Report of the Indian Hemp Drugs Commission, 1894-1895 - Volume III
Year: 1894
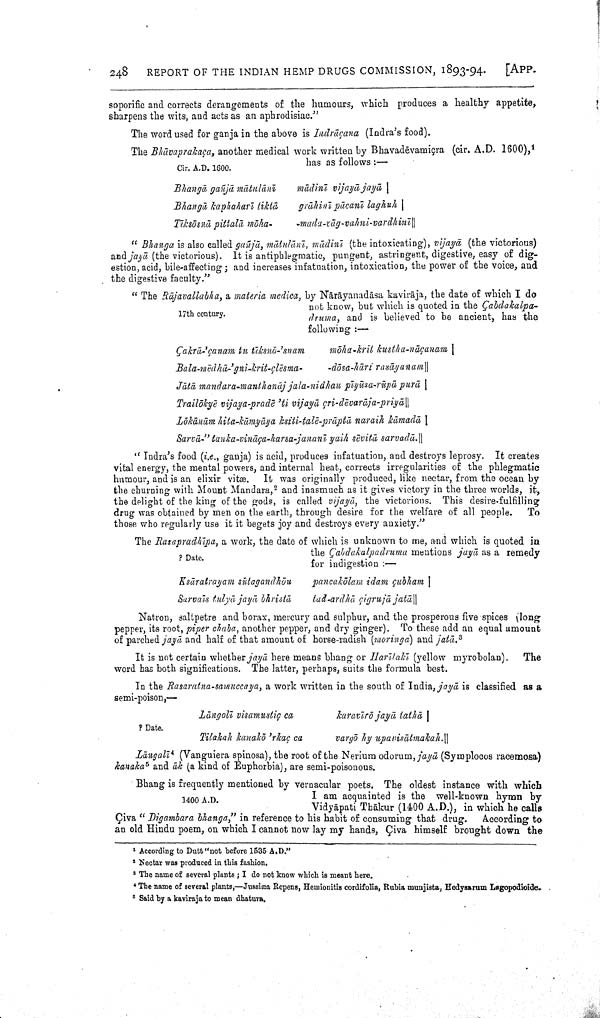
248
REPORT OF THE INDIAN HEMP DRUGS COMMISSION, 1893-94.
[APP.
soporific and corrects derangements of the humours, which produces a healthy appetite,
sharpens the wits, and acts as an aphrodisiac."
The word used for ganja in the above is Indrāçana (Indra's food).
Cir. A.D. 1600.
The Bhāvaprakaça, another medical work written by Bhavadēvamiçra (cir. A.D. 1600), 1
has as follows:—
Bhangā gañjā mātulānī mādinī vijayā jayā |
Bhangā kaphaharī tiktā grāhinī pācanī laghuh |
Tīksōsnā pittalā mōka- -mada-vāg-vahni-vardhinī ||
"Bhanga is also called gañjā, mātulānī, mādinī (the intoxicating), vjjayā (the victorious)
and jayā (the victorious). It is antiphlegmatic, pungent, astringent, digestive, easy of dig
estion, acid, bile-affecting; and increases infatuation, intoxication, the power of the voice, and
the digestive faculty."
17th century.
"The Rājavallabha, a materia medica, by Nārāyanadāsa kavirāja, the date of which I do
not know, but which is quoted in the Çabdakalpa-
druma, and is believed to be ancient, has the
following:—
Çakrā-'çanam tu tīksnō-'snam mōha-krit kustha-nāçanam |
Bala-mēdhā-'gni-krit-çlēsma- -dōsa-hāri rasāyanam ||
Jātā mandara-manthanāj
jala-nidhau pīyūsa-rūpā purā |
Trailōkyē vijaya-pradē 'ti vijayā çri-dēvarāja-priyā ||
Lōkānām hita-kāmyāya ksiti-talē-prāptā naraih kāmadā |
Sarvā-" tanka-vi nāça-harsa-jananī yaih sēvitā sarvadā. ||
"Indra's food (i.e., ganja) is acid, produces infatuation, and destroys leprosy. It creates
vital energy, the mental powers, and internal heat, corrects irregularities of the phlegmatic
humour, and is an elixir vitæ. It was originally produced, like nectar, from the ocean by
the churning with Mount Mandara, 2 and inasmuch as it gives victory in the three worlds, it,
the delight of the king of the gods, is called vijayā, the victorious. This desire-fulfilling
drug was obtained by men on the earth, through desire for the welfare of all people. To
those who regularly use it it begets joy and destroys every anxiety."
?Date.
The Rasapradhīpa, a work, the date of which is unknown to me, and which is quoted in
the Çabdakalpadruma mentions jayā, as a remedy
for indigestion:—
Ksāratrayam sūtagandhōu pancakōlam idam çubham |
Sarvaīs tulyā jayā bhristā tad-ardhā çigrujā jatā ||
Natron, saltpetre and borax, mercury and sulphur, and the prosperous five spices (long
pepper, its root, piper chaba, another pepper, and dry ginger). To these add an equal amount
of parched jayā and half of that amount of horse-radish (moringa) and jatā. 3
It is not certain whether jayā here means bhang or Harītakī (yellow myrobolan). The
word has both significations. The latter, perhaps, suits the formula best.
?Date.
In the Rasaratna-samuccaya, a work written in the south of India, jayā is classified as a
semi-poison,—
Lāngolī visamustiç ca karavīrō jayā tathā |
Tilakah kanakō 'rkaç ca vargō hy upavisātmakah.||
Lāngalī 4 (Vanguiera spinosa), the root of the Nerium odorum, jayā (Symplocos racemosa)
kanaka 5 and āk (a kind of Euphorbia), are semi-poisonous.
1400 A.D.
Bhang is frequently mentioned by vernacular poets. The oldest instance with which
I am acquainted is the well-known hymn by
Vidyāpati Thākur (1400 A.D.), in which he calls
Çiva "Digambara bhanga," in reference to his habit of consuming that drug. According to
an old Hindu poem, on which I cannot now lay my hands, Çiva himself brought down the
1
According to Dutt "not before 1535 A.D."
2
Nectar was produced in this fashion.
3
The name of several plants; I do not know which is meant here.
4
The name of several plants,—Jussisæa Repens, Hemionitis cordifolia, Rubia munjista, Hedysarum Lagopodioide.
5
Said by a kaviraja to mean dhatura.